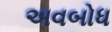
અવબોધ